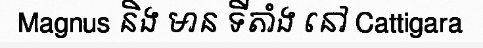
Magnus និង មាន ទីតាំង នៅ Cattigara